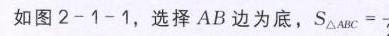
如图2 - 1 - 1，选择 \(AB\) 边为底，\(S_{\triangle ABC} =\)_.